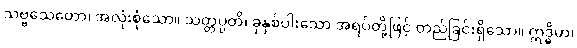
သဗ္ဗသေတော၊ အလုံးစုံသော။ သတ္တပ္ပတိ၊ ခုနှစ်ပါးသော အရပ်တို့ဖြင့် တည်ခြင်းရှိသော။ ဣဒ္ဓိမာ၊